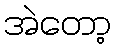
အဲတော့